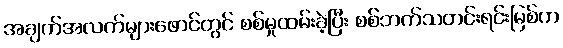
အချက်အလက်များဖောင်တွင် စစ်မှုထမ်းခဲ့ပြီး စစ်ဘက်သတင်းရင်းမြစ်က